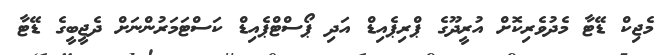
މެޖިކް ޑޭޓާ މެދުވެރިކޮށް އުރީދޫގެ ޕްރިޕެއިޑް އަދި ޕޯސްޓްޕެއިޑް ކަސްޓަމަރުންނަށް ދެޖީބީގެ ޑޭޓާ